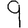
Digit: 9